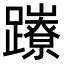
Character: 𨇉